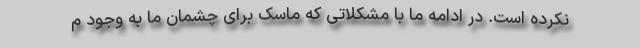
نکرده است. در ادامه ما با مشکلاتی که ماسک برای چشمان ما به وجود م